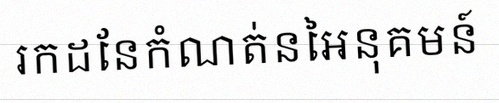
រកដែនកំណត់នៃអនុគមន៍